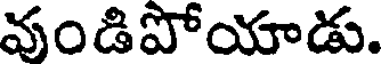
వుండిపోయాడు.